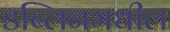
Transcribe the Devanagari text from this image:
डब्लिनमधील